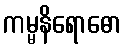
ကမ္မနိရောဓော